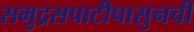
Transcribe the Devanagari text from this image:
समुद्रसपाटीपासुनची